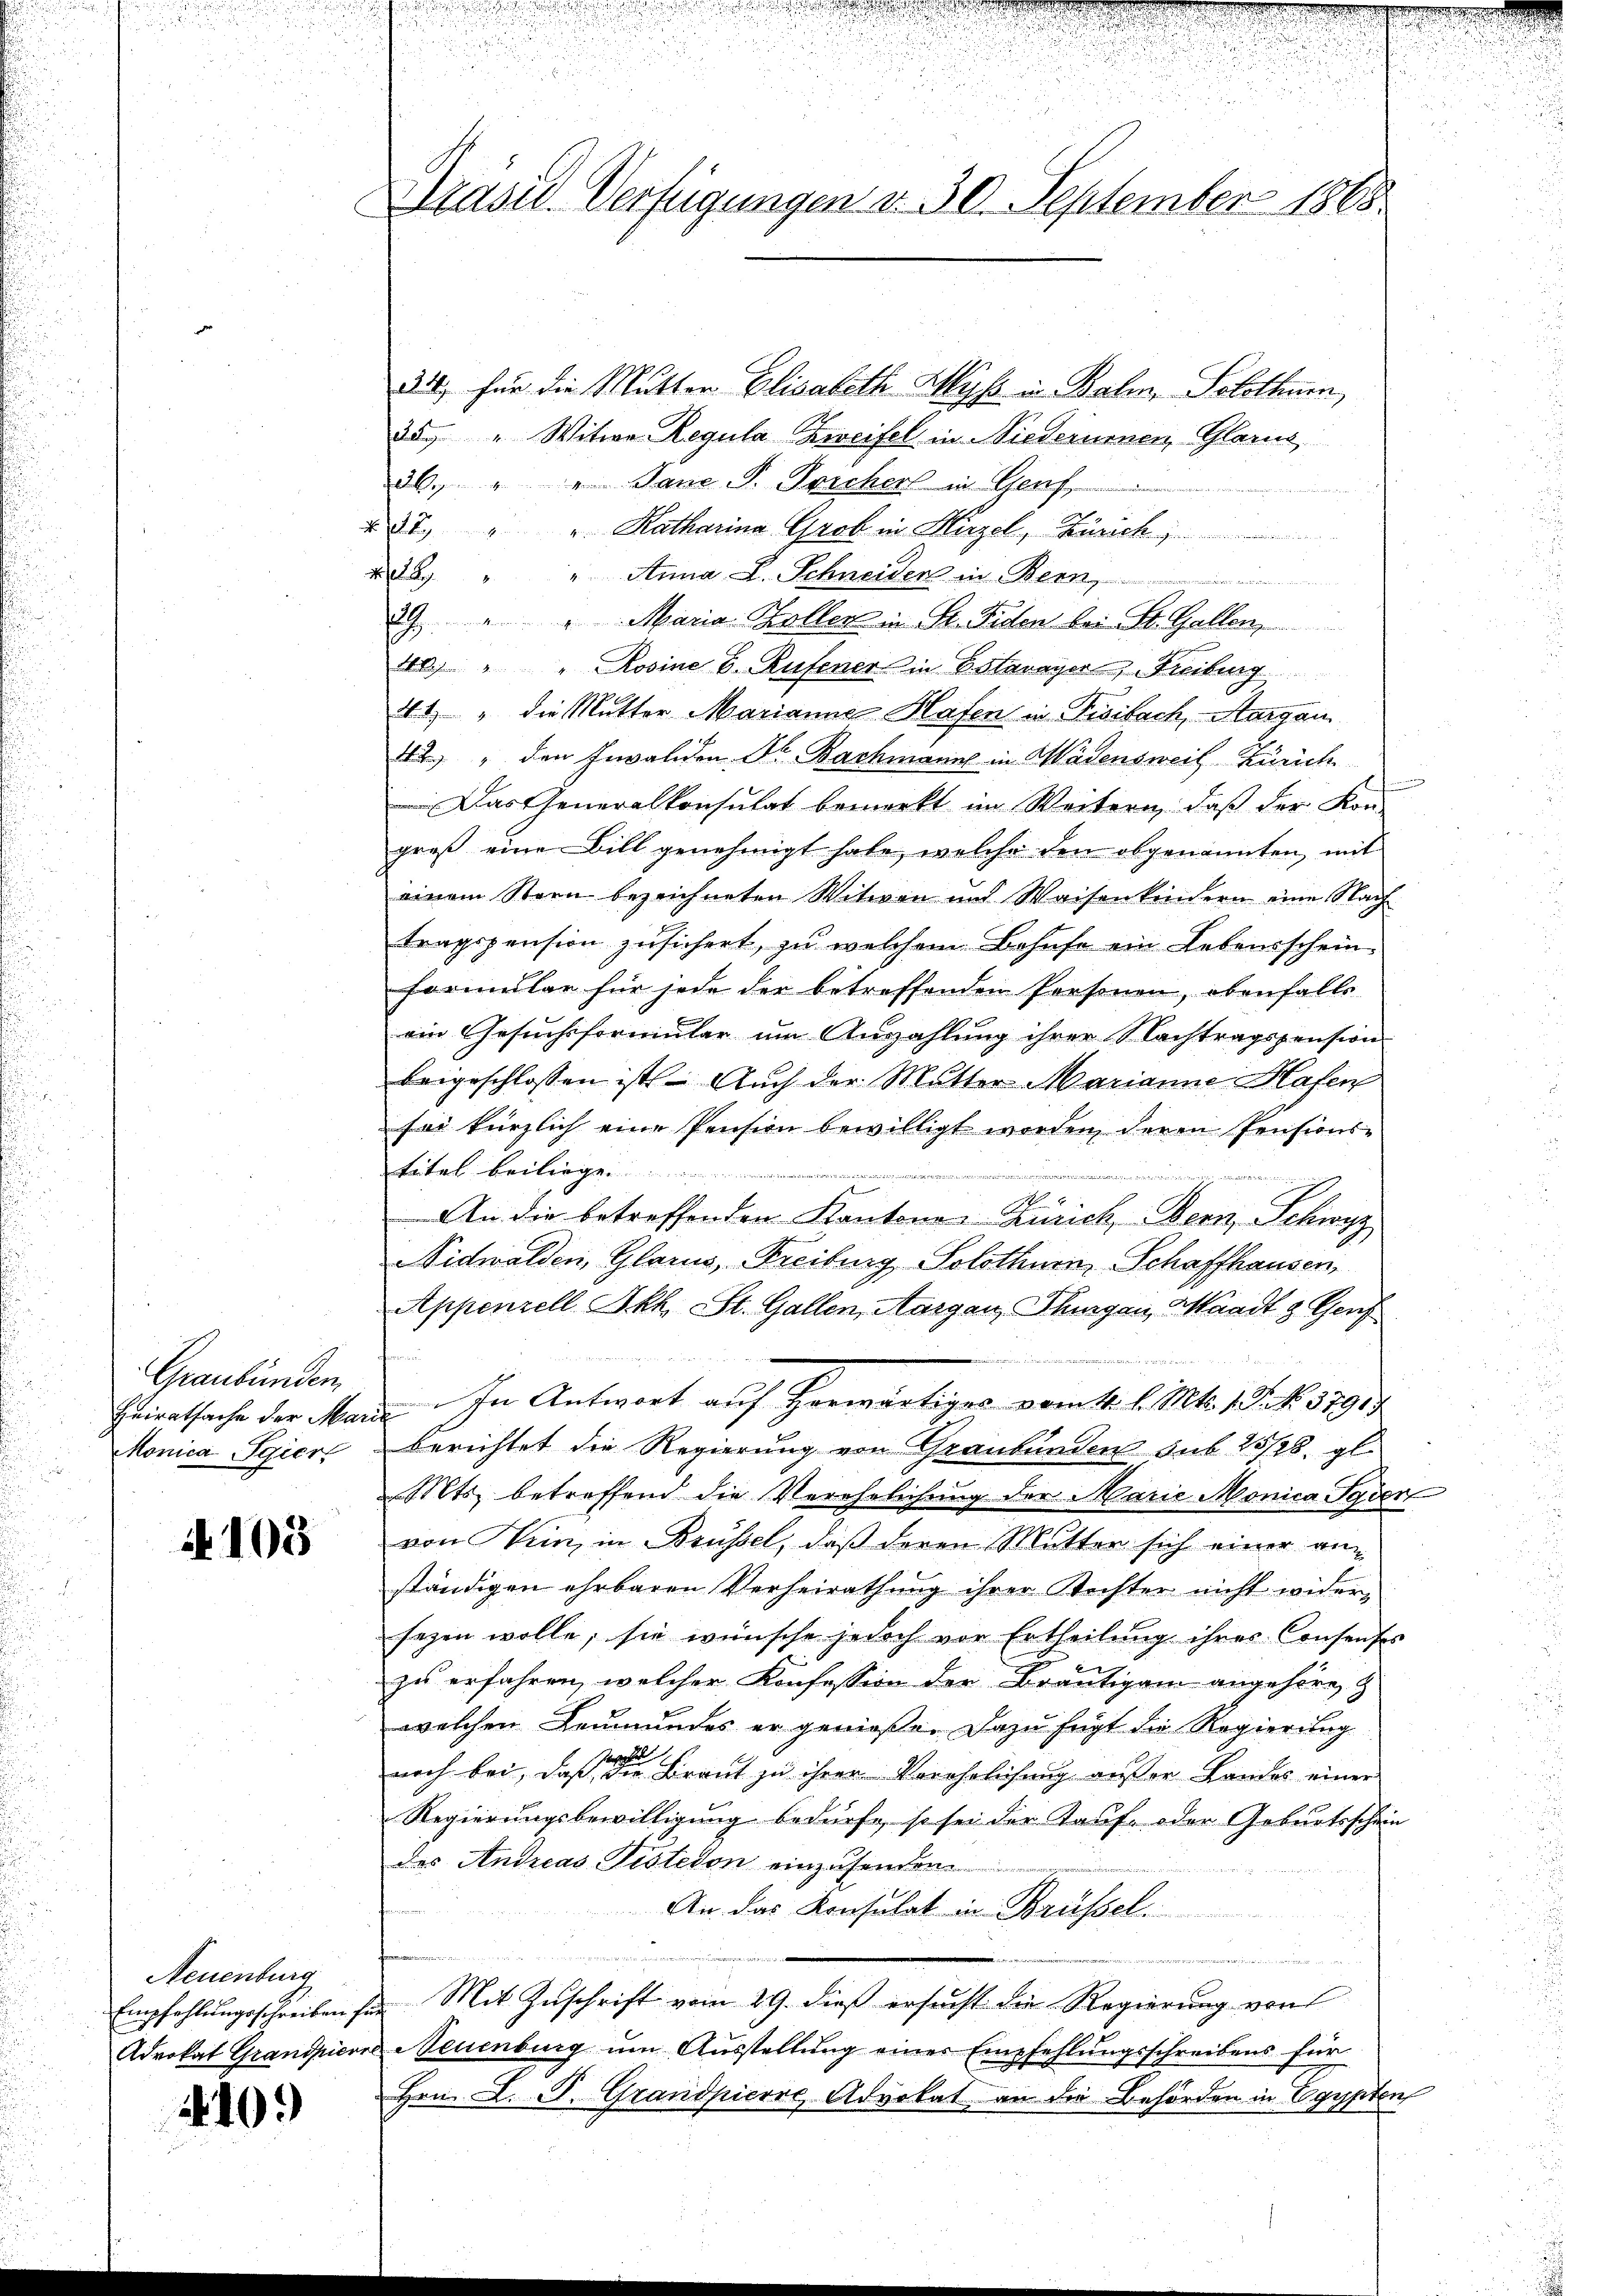
Graubünden.
Monica Sgier

i. 105

Neuenburg

410.

314, für die Mutter Elisabeth Wyss u. Balm, Solothurn,
35 " Witwe Regula Zweifel in Niederumen, Glarus
36. " " Jane P. Precher in Genf
voncernen
437. " " Katharina Grob in Hirzel, Zürich
 " " Anna L. Schneiden in Bern
29 " " Maria Haller in St. Fiden bei St. Gallen,
10.) " " Rosine E. Rufener in Estavayer, Freiburg
41 " die Mutter Marianne Hafen in Fisibach, Aargau
42 " den Invaliden Dr. Bachmann in Wädensweil Zürich
Das Generalkonsulat bemerkt im Weitern, daß der Kon-
greß eine Bill genehmigt habe, welche den abgenannten, mit
einem Stern bezeichneten Witwen und Waisenkindern eine Nach
tragspension zusichert, zu welchem Behufe ein Lebensschein¬
Formular für jede der betreffenden Personen, obenfalls
ein Gesuchsformular um Auszahlung ihrer Nachtragspension
beigeschlossen ist. Auch der Mutter Marianne Hafen
sei kürzlich eine Pension bewilligt worden deren Pensions-
titel beiliegen
e

An die betreffenden Kantone Zürich, Bern, Schwyz
Nidwalden, Glarus, Freiburg Solothurn, Schaffhausen,
Appenzell Akk. St. Gallen, Aargau, Thurgau, Waadt & Genf
Heiratsache der Mann in Antwort auf Horwärtiges vom 4. l. Mts. 13. No. 37915
berichtet die Regierung von Graubünden sub 25/28. gl.
Mts. betreffend die Verehelichung der Marie Monica Syder
von Wein, in Brüssel, daß deren Mutter sich einer an
ständigen ehrbaren Verheirathung ihrer Rechter nicht widersezen wolle, sie wünsche jedoch vor Ertheilung ihrer Consenses
zu erfahren, welcher Konfession der Bräutigam angehöre,
welchen Leumundes er genieße. Dazu fügt die Regierung
noch bei, daß die Braut zu ihrer Verehelichung außer Landes einer
Regierungsbewilligung bedürfe, so sei der Taufe oder Geburtsschein
des Andreas Pisteron einzusendene
An das Konsulat in Brüssel.

Empfehlungsschreiben für Mit Zuschrift vom 29. dieß ersucht die Regierung von
Advokat Grandpierre Neuenburg ŭm Aŭsstellŭng einer Empfehlŭngsschreibens für
Hrn. L. St. Grandpiere Advokat an die Behörden in Egypten

Präsid. Verfügungen d. 30. September 1865.